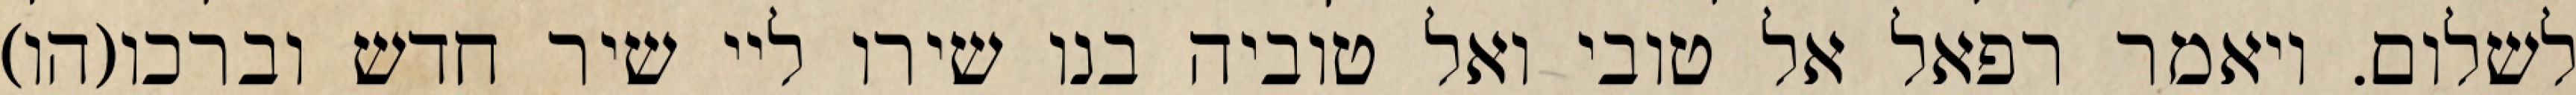
לשלום. ויאמר רפאל אל טובי ואל טוביה בנו שירו ליי שיר חדש וברכו(הו)